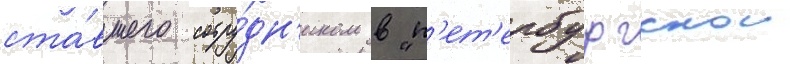
ста́вшего сотру́дн'иком в "п'ет'ербургскои